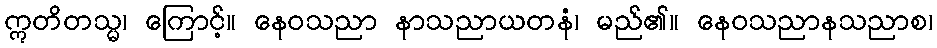
ဣတိတသ္မ၊ ကြောင့်။ နေဝသညာ နာသညာယတနံ၊ မည်၏။ နေဝသညာနသညာစ၊